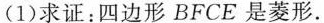
(1) 求证：四边形BFCE是菱形。